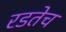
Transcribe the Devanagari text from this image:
रडतेच